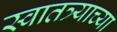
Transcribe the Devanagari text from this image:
स्वातत्र्याच्या